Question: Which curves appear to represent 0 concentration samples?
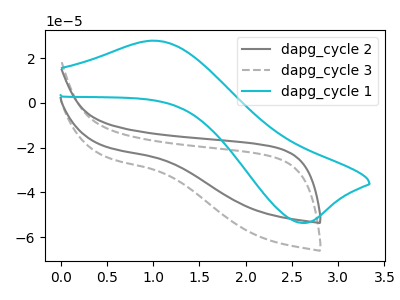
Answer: <think>The gray curve "dapg_cycle 2" has no peaks. The gray dashed curve "dapg_cycle 3" has no peaks. The cyan curve "dapg_cycle 1" has an anodic peak at (1.00V, 27.75uA) and a cathodic peak at (2.60V, -53.70uA).</think>
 <answer>"dapg_cycle 2" and "dapg_cycle 3" are likely to be blanks.</answer>
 <eval>"dapg_cycle 2", "dapg_cycle 3"</eval>